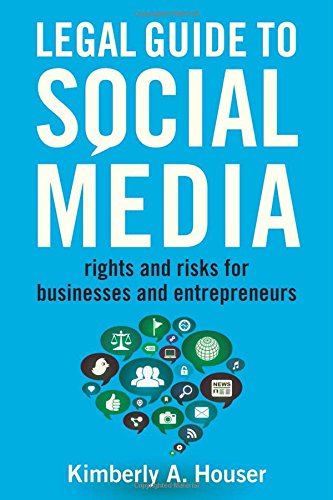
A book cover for Legal Guide to Social Media: Rights and Risks for Businesses and Entrepreneurs; Kimberly A. Houser; Computers & Technology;